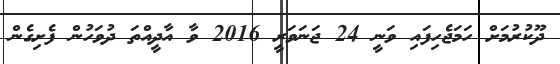
ދޫކުރުމަށް ހަމަޖެހިފައި ވަނީ 24 ޖަނަވަރީ 2016 ވާ އާދީއްތަ ދުވަހުން ފެށިގެން